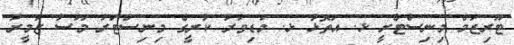
ޓޫރިޒަމް މިނިސްޓްރީ ޅ. އަތޮޅު ޅ. މަޑިވަރު ކުރީގެ މިނިސްޓަރު މޫސާ ޒަމީރު